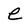
Character: e